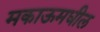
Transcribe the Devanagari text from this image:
मकाऊमधील